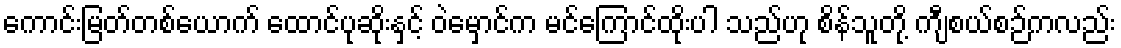
ကောင်းမြတ်တစ်ယောက် ထောင်ပုဆိုးနှင့် ဝဲမှောင်က မင်ကြောင်ထိုးပါ သည်ဟု စိန်သူတို့ ကျီစယ်စဉ်ကလည်း